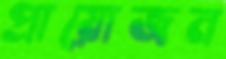
প্রায়োজন